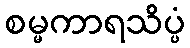
စမ္မကာရသိပ္ပံ